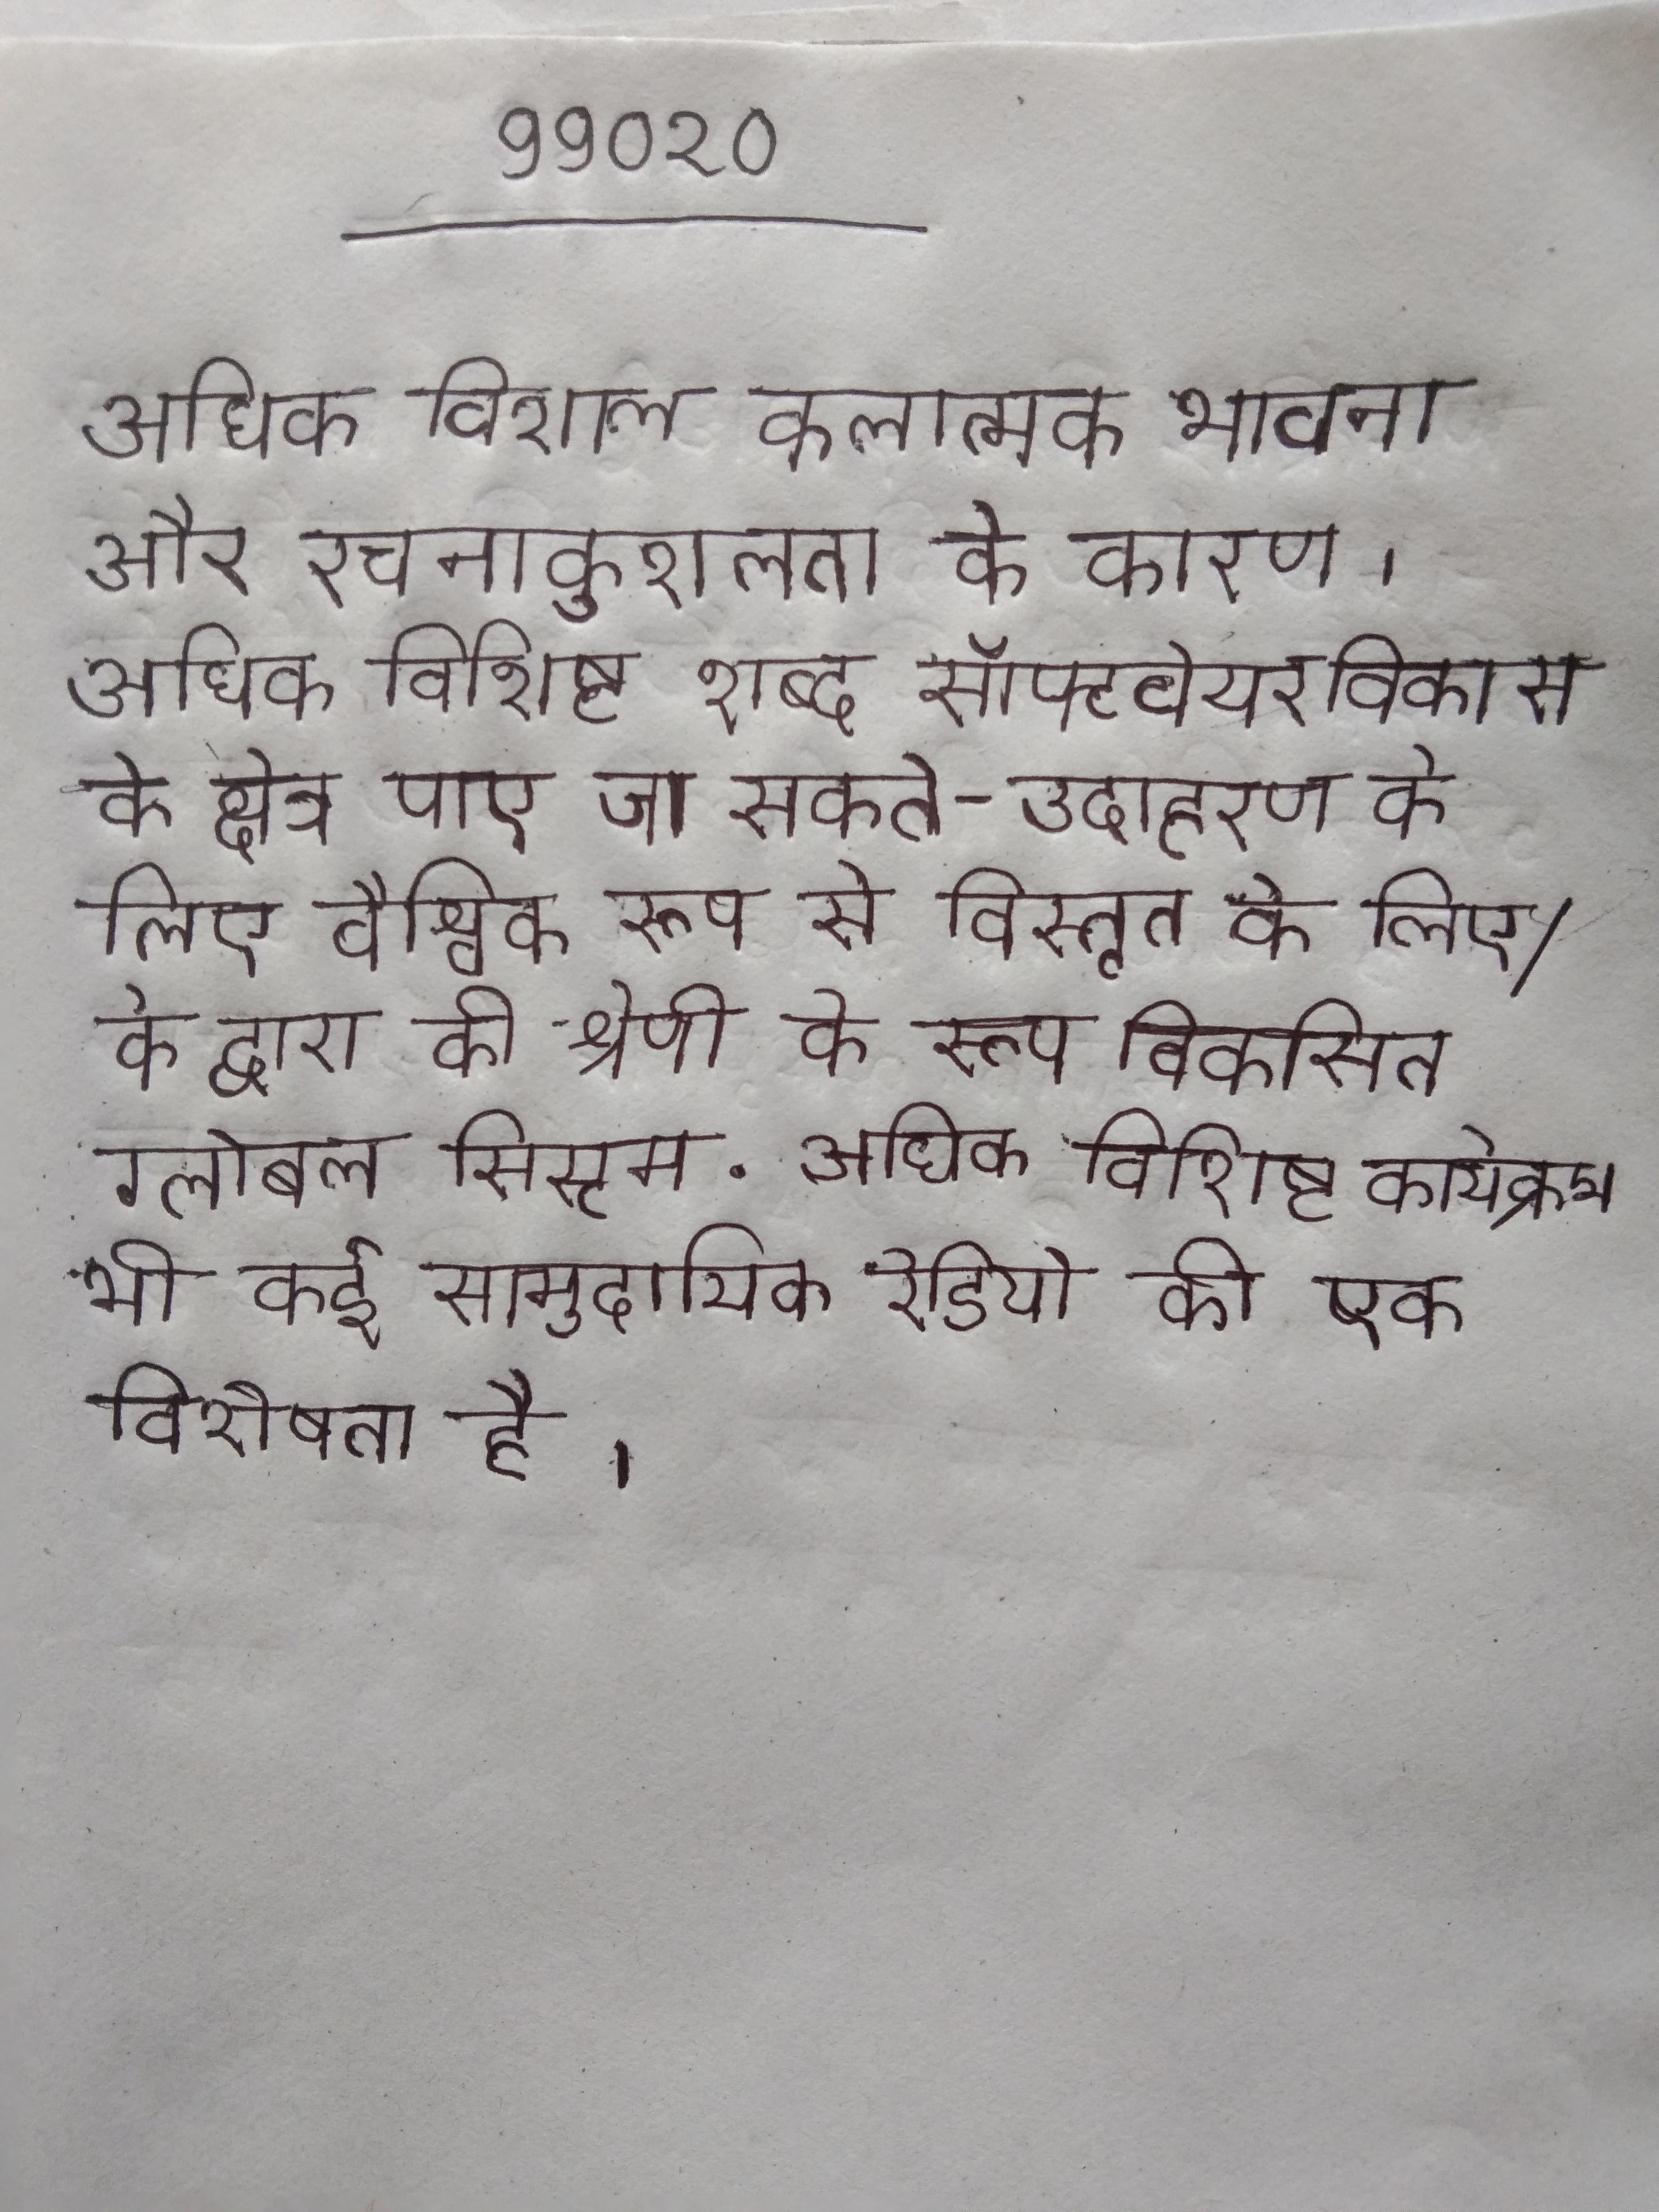
अधिक विशाल कलात्मक भावना और रचनाकुशलता के कारण । अधिक विशिष्ट शब्द सॉफ्टवेयर विकास के क्षेत्र पाए जा सकते - उदाहरण के लिए वैश्विक रूप से विस्तृत के लिए/के द्वारा की श्रेणी के रूप विकसित ग्लोबल सिस्टम . अधिक विशिष्ट कार्यक्रम भी कई सामुदायिक रेडियो की एक विशेषता है ।